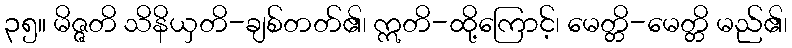
၃၅။ မိဇ္ဇတိ သိနိယှတိ-ချစ်တတ်၏၊ ဣတိ-ထို့ကြောင့်၊ မေတ္တိ-မေတ္တိ မည်၏၊